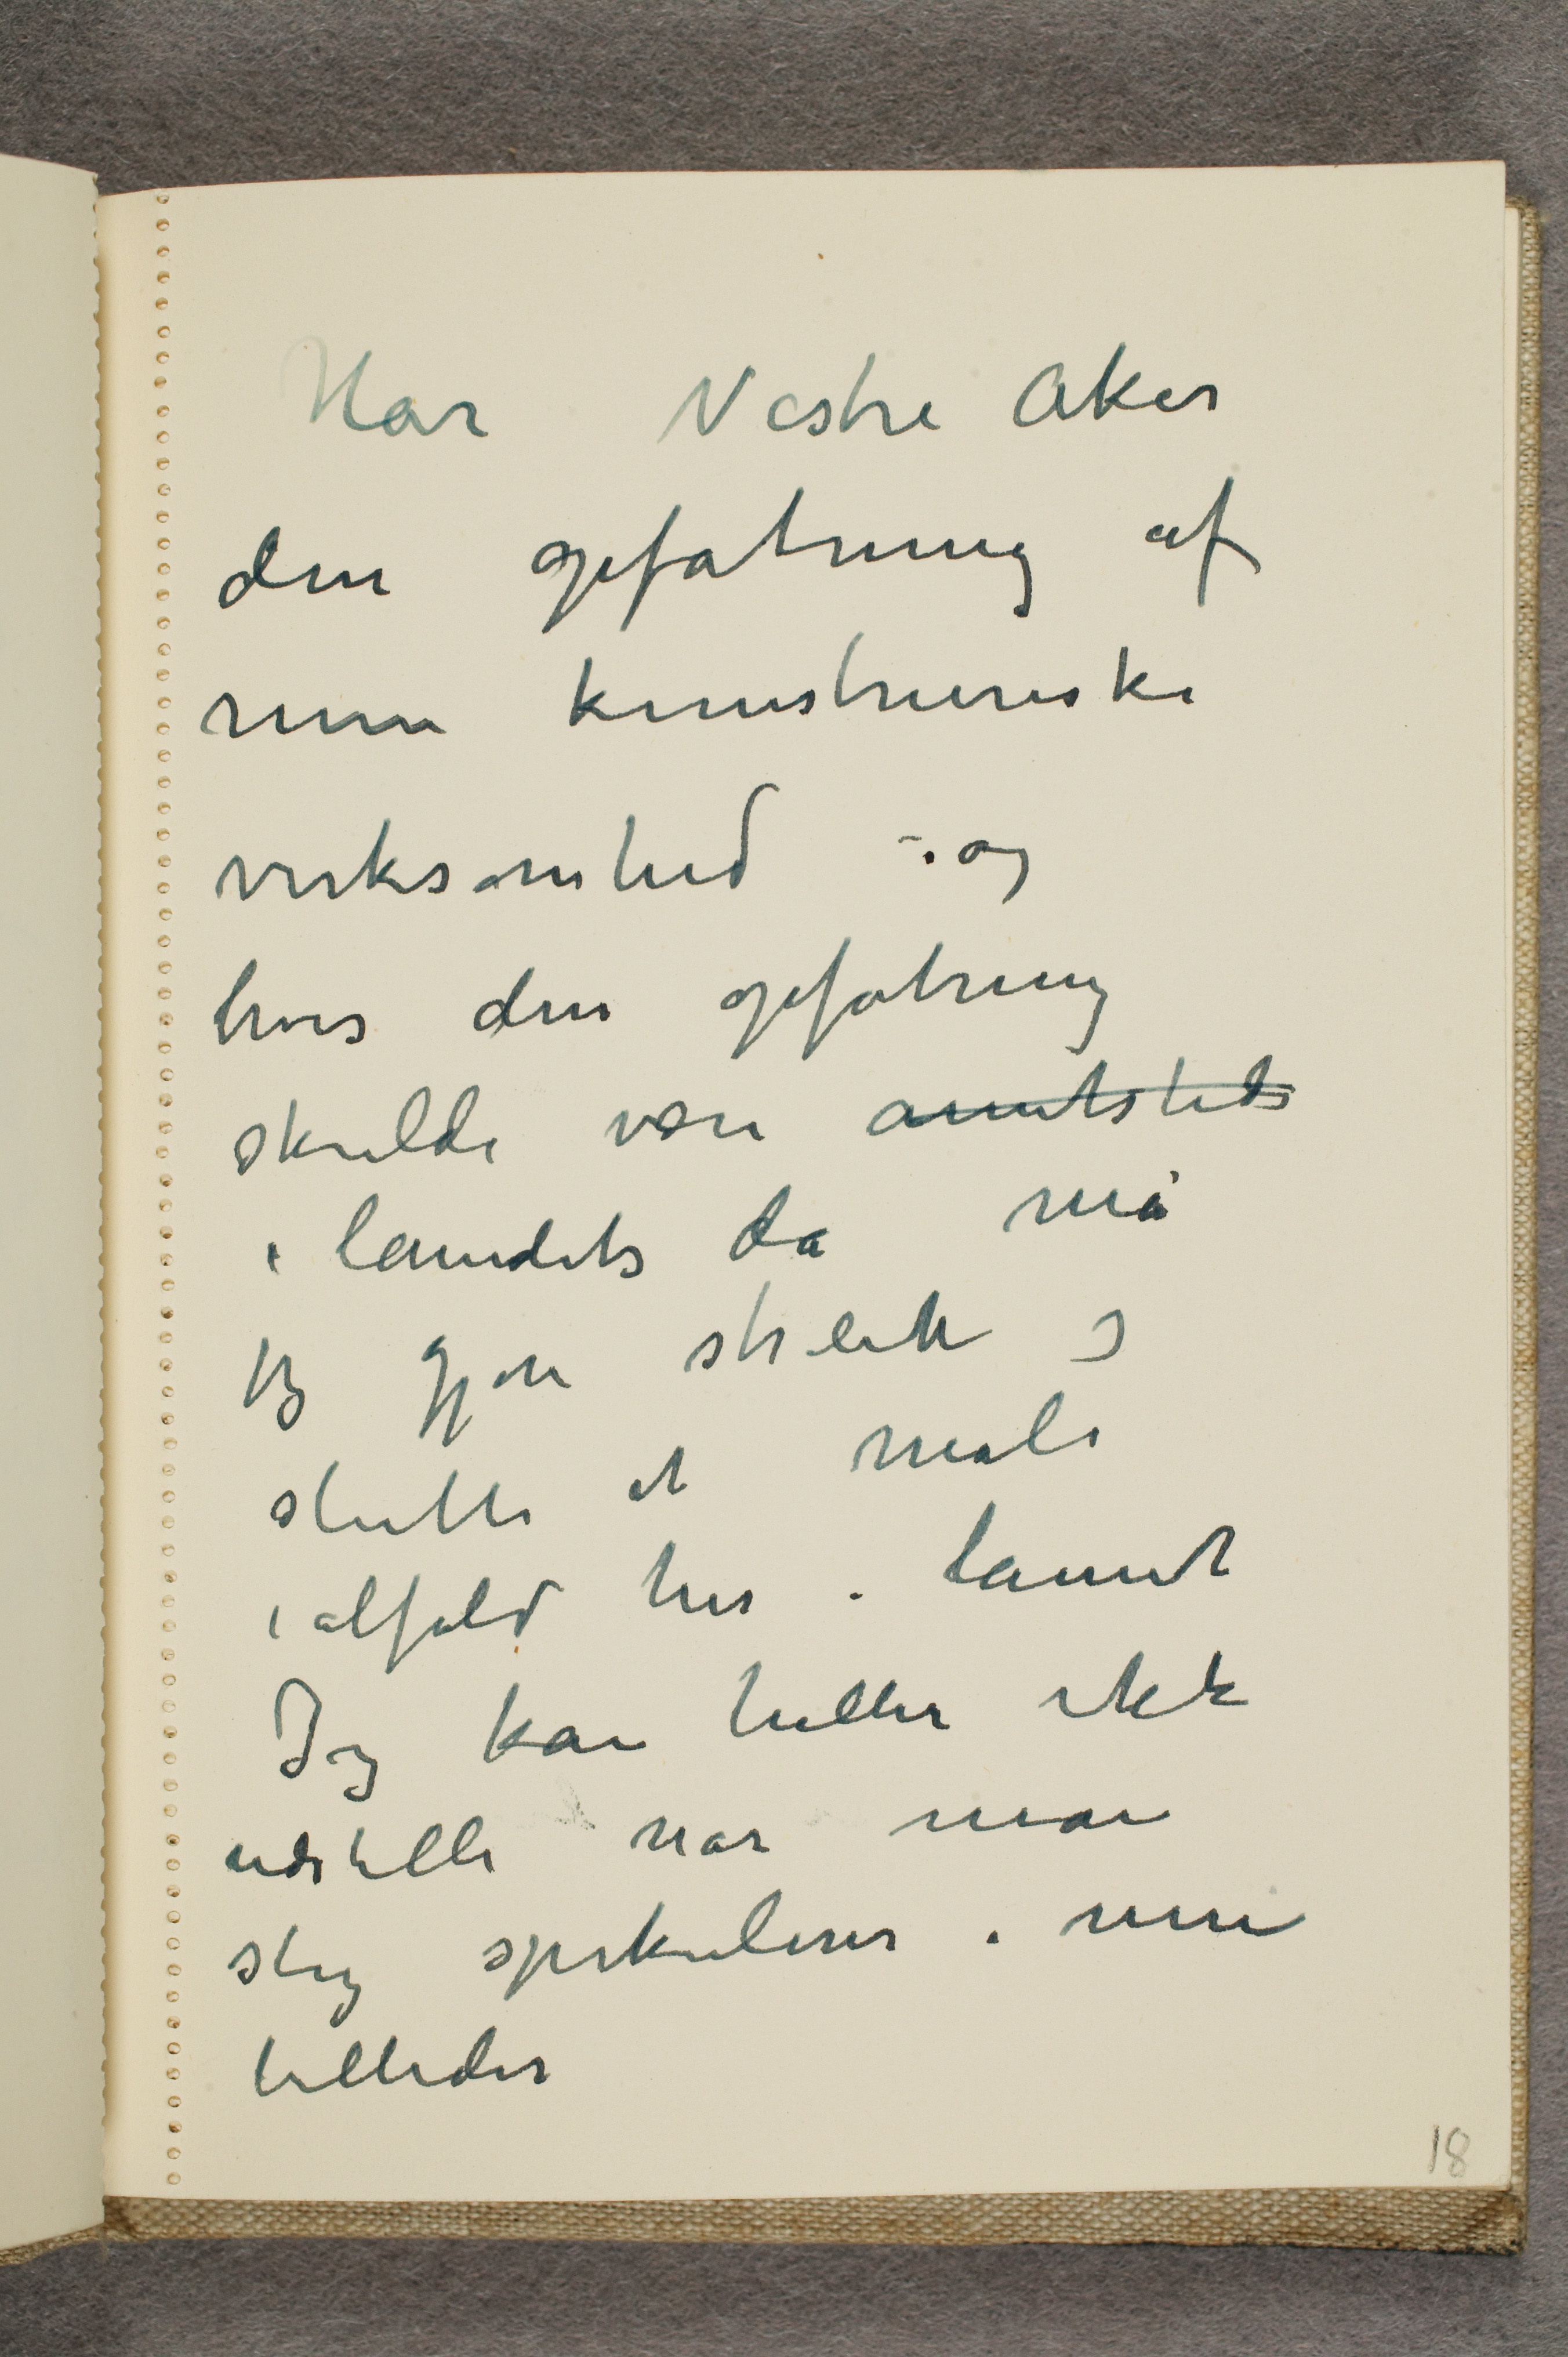
Har Vestre Aker
den opfatning af
min kunstneriske
virksomhed - og
hvis den opfatning
skulde være annetsteds
...  landets da må
jeg gjøre streik og
slutte at male
ialfald her i lannet
Jeg kan heller ikke
udstille når man
slig spekulerer i mine
billeder